Civil Veterinary Department Bihar & Orissa reports 1929-36 - 1929-1936
Year: 1929
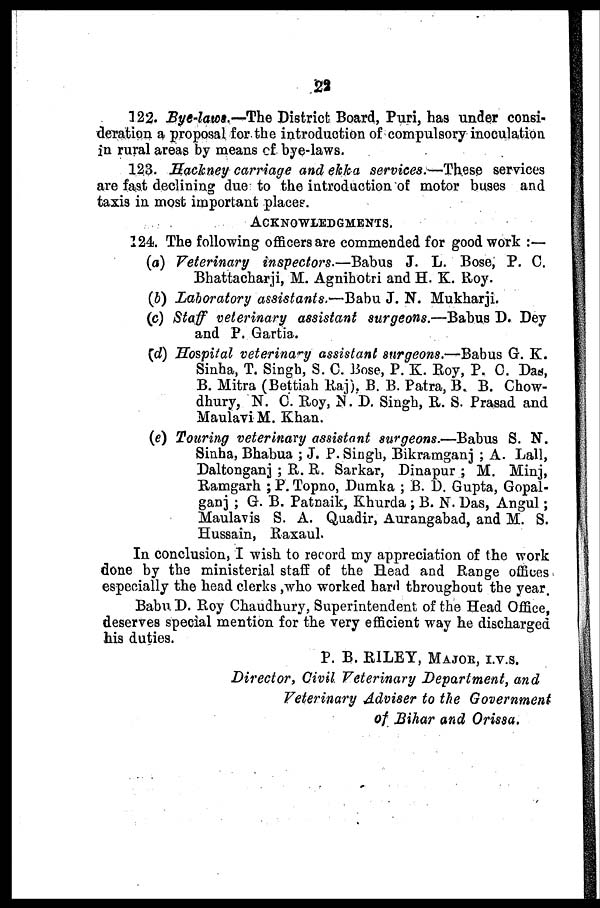
23
122. Bye-laws.—The District Board, Puri, has under consi-
deration a proposal for the introduction of compulsory inoculation
in rural areas by means of bye-laws.
123. Hackney carriage and ekka services.—These services
are fast declining due to the introduction of motor buses and
taxis in most important places.
ACKNOWLEDGEMENTS.
124. The following officers are commended for good work :—
(a) Veterinary inspectors.—Babus J. L. Bose, P. C.
Bhattacharji, M. Agnihotri and H. K. Roy.
(b) Laboratory assistants.—Babu J. N. Mukharji.
(c) Staff veterinary assistant surgeons.—Bahus D. Dey
and P. Gartia.
(d) Hospital veterinary assistant surgeons.—Babus G. K.
Sinha, T. Singh, S. C. Bose, P. K. Roy, P. C. Das,
B. Mitra (Bettiah Raj). B. B. Patra, B. B. Chow-
dhury, N. C. Roy, N. D. Singh, R. S. Prasad and
Maulavi M. Khan.
(e) Touring veterinary assistant surgeons.—Babus S. N.
Sinha, Bhabua ; J. P. Singh, Bikramganj ; A. Lall,
Daltonganj ; R. R. Sarkar, Dinapur ; M. Minj,
Ramgarh ; P. Topno, Dumka ; B. D. Gupta, Gopal-
ganj ; G. B. Patnaik, Khurda ; B. N. Das, Angul;
Maulavis S. A. Quadir, Aurangabad, and M. S.
Hussain, Raxaul.
In conclusion, I wish to record my appreciation of the work
done by the ministerial staff of the Head and Range offices
especially the head clerks ,who worked hard throughout the year.
Babu D. Roy Chaudhury, Superintendent of the Head Office,
deserves special mention for the very efficient way he discharged
his duties.
P. B. RILEY, MAJOR, I.V.S.
Director, Civil Veterinary Department, and
Veterinary Adviser to the Government
of Bihar and Orissa.